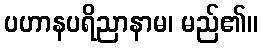
ပဟာနပရိညာနာမ၊ မည်၏။